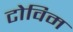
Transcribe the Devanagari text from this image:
टोविम